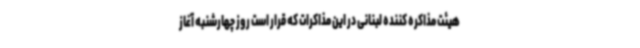
هیئت مذاکره کننده لبنانی در این مذاکرات که قرار است روز چهارشنبه آغاز